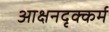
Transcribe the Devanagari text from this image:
आक्षनदृक्कर्म